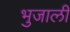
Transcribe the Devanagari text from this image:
भुजाली